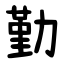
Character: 勤